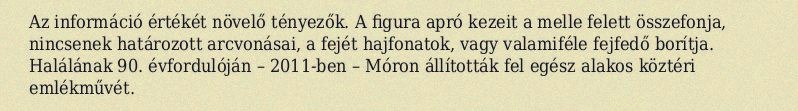
Az információ értékét növelő tényezők. A figura apró kezeit a melle felett összefonja, nincsenek határozott arcvonásai, a fejét hajfonatok, vagy valamiféle fejfedő borítja. Halálának 90. évfordulóján – 2011-ben – Móron állították fel egész alakos köztéri emlékművét.